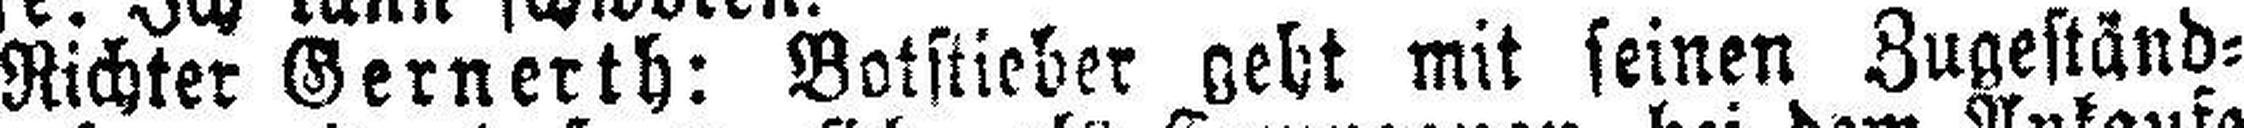
Richter Gernerth: Botstieber geht mit seinen Zugeständ¬